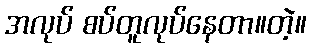
အလုပ် စပ်တူလုပ်နေတာ။တဲ့။